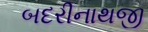
બદરીનાથજી